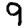
Digit: 9